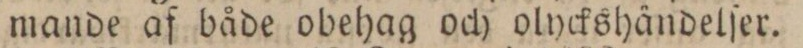
mande af både obehag och olyckshändelſer.